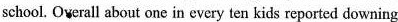
school. Overall about one in every ten kids reported downing